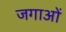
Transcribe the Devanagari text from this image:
जगाओं